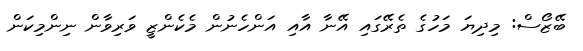
ބޭޒޯސް: މިދިޔަ މަހުގެ ތެރޭގައި އޭނާ އާއި އަންހެނުން މެކެންޒީ ވަރިވާން ނިންމިކަން